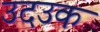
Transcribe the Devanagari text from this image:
उदउक